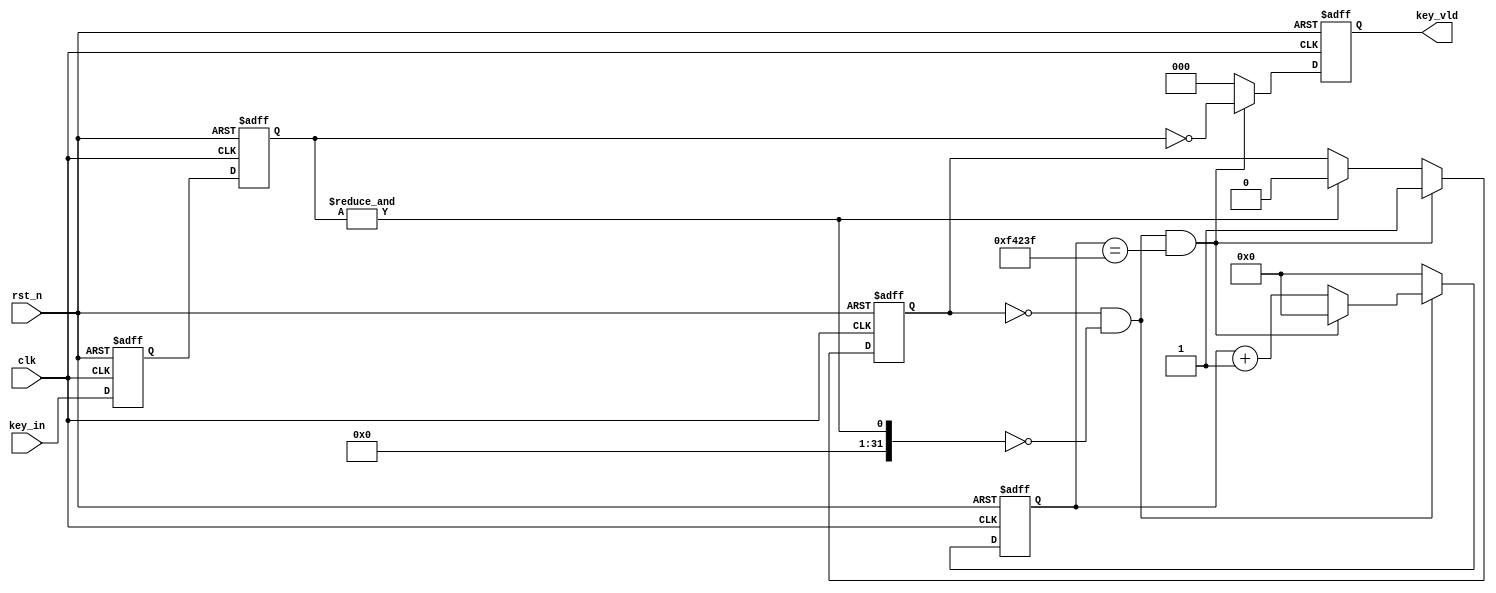
module key_module(  
	input   wire   	            	clk     ,  
	input   wire	            	rst_n   ,  
	input   wire	[KEY_W-1 :0]	key_in  ,  
	output  reg 	[KEY_W-1 :0]	key_vld   
	);  
parameter                           DATA_W    = 20          ;  
parameter                           KEY_W     = 3           ;  
parameter                           TIME_20MS = 1_000_000   ;  

reg             [DATA_W-1:0]        cnt                     ;   
reg                                 flag_add                ;  
reg             [KEY_W-1 :0]        key_in_ff1              ;  
reg             [KEY_W-1 :0]        key_in_ff0              ;  
  
  
always  @(posedge clk or negedge rst_n)begin  
    if(rst_n==1'b0)begin  
        cnt <= 20'b0;  
    end  
    else if(add_cnt)begin  
        if(end_cnt)  
            cnt <= 20'b0;  
        else  
            cnt <= cnt + 1'b1;  
    end  
    else begin  
        cnt <= 0;  
    end  
end  
  
assign add_cnt = flag_add==1'b0 && (&key_in_ff1==0);  //计数时间触发条件
assign end_cnt = add_cnt && cnt == TIME_20MS - 1;  //稳定时间到
  
  
always  @(posedge clk or negedge rst_n)begin  
    if(rst_n==1'b0)begin  
        flag_add <= 1'b0;  
    end  
    else if(end_cnt)begin  
        flag_add <= 1'b1;  //连续读取按键失能
    end  
    else if(&key_in_ff1==1)begin  
        flag_add <= 1'b0;  //未触发按键时使能
    end  
end  
  
  
always  @(posedge clk or negedge rst_n)begin  
    if(rst_n==1'b0)begin  
        key_in_ff0 <= {{KEY_W}{1'b1}};  
        key_in_ff1 <= {{KEY_W}{1'b1}};  //复位寄存填充
    end  
    else begin  
        key_in_ff0 <= key_in    ;  
        key_in_ff1 <= key_in_ff0;  //对按键扫描信号打两拍
    end  
end  
  
  
always  @(posedge clk or negedge rst_n)begin  
    if(rst_n==1'b0)begin  
        key_vld <= 0;  
    end  
    else if(end_cnt)begin  
        key_vld <= ~key_in_ff1;   //取出按键键值
    end  
    else begin  
        key_vld <= 0;  //舍弃键值
    end  
end  
  
  
endmodule